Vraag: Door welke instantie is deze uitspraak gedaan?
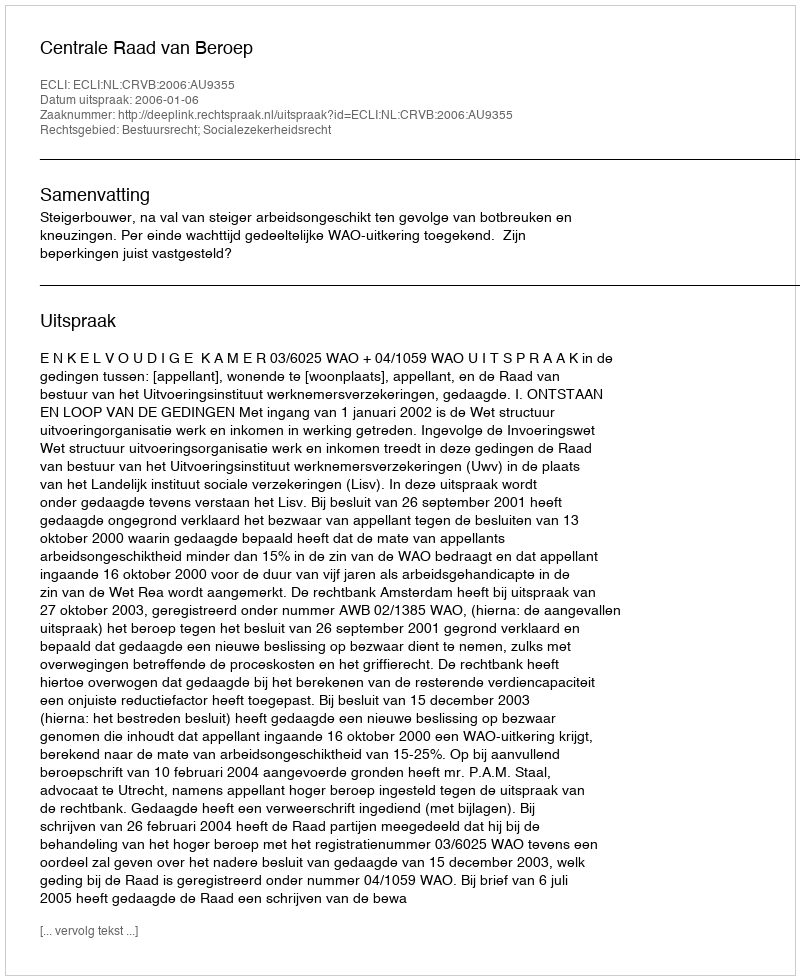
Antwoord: Centrale Raad van Beroep